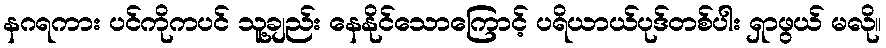
နဂရကား ပင်ကိုကပင် သူ့ချည်း နေနိုင်သောကြောင့် ပရိယာယ်ပုဒ်တစ်ပါး ရှာဖွယ် မလို။